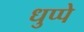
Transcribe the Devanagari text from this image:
धुप्पे